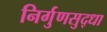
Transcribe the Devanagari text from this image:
निर्गुणसुद्धा